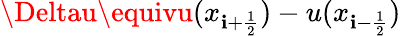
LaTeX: \Deltau\equivu(x_{\mathbf{i}+\frac{{1}}{{2}}})-u(x_{\mathbf{i}-\frac{{1}}{{2}}})